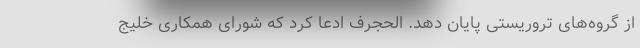
از گروه‌های تروریستی پایان دهد. الحجرف ادعا کرد که شورای همکاری خلیج